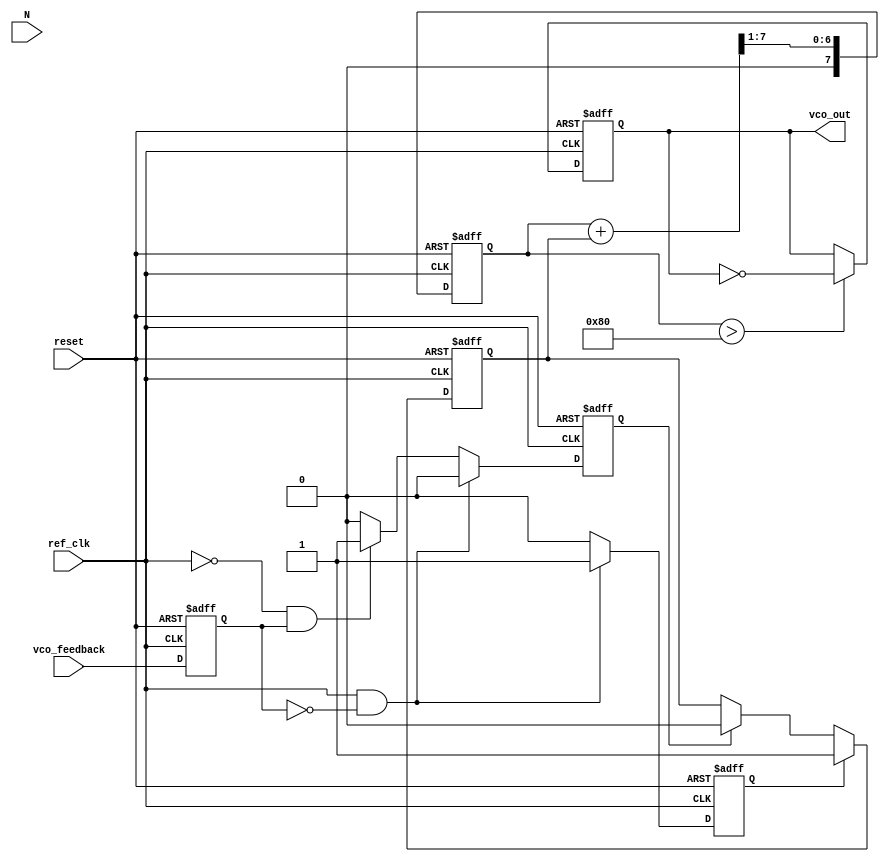
module integer_n_pll (
    input wire ref_clk,          // Reference clock input
    input wire vco_feedback,     // Feedback from VCO
    input wire reset,            // Asynchronous reset
    input wire [3:0] N,          // Division ratio
    output reg vco_out           // VCO output
);

// Phase Frequency Detector (PFD) signals
reg up, down;
reg vco_feedback_delayed;

// Charge Pump signals
reg charge_pump_output;
reg [7:0] control_voltage; // Simulated control voltage

// Loop Filter (simple low-pass filter)
reg [7:0] loop_filter_output;

// VCO (Voltage Controlled Oscillator)
reg [3:0] vco_counter;

// Divider
reg [3:0] divider_counter;

// PFD Logic
always @(posedge ref_clk or posedge reset) begin
    if (reset) begin
        up <= 0;
        down <= 0;
        vco_feedback_delayed <= 0;
    end else begin
        // Delay feedback signal for comparison
        vco_feedback_delayed <= vco_feedback;

        // PFD operation
        if (ref_clk && !vco_feedback_delayed) begin
            up <= 1;
            down <= 0;
        end else if (!ref_clk && vco_feedback_delayed) begin
            up <= 0;
            down <= 1;
        end else begin
            up <= 0;
            down <= 0;
        end
    end
end

// Charge Pump Logic
always @(posedge ref_clk or posedge reset) begin
    if (reset) begin
        charge_pump_output <= 0;
    end else begin
        if (up) begin
            charge_pump_output <= 1; // Charge
        end else if (down) begin
            charge_pump_output <= 0; // Discharge
        end
    end
end

// Loop Filter Logic (simple RC filter)
always @(posedge ref_clk or posedge reset) begin
    if (reset) begin
        loop_filter_output <= 0;
    end else begin
        // Simple averaging for loop filter
        loop_filter_output <= (loop_filter_output + charge_pump_output) >> 1; // Low-pass filter
    end
end

// VCO Logic
always @(posedge ref_clk or posedge reset) begin
    if (reset) begin
        vco_counter <= 0;
        vco_out <= 0;
    end else begin
        // VCO output generation based on control voltage
        if (loop_filter_output > 128) begin // Threshold for frequency adjustment
            vco_counter <= vco_counter + 1;
            vco_out <= ~vco_out; // Toggle output
        end
    end
end

// Divider Logic
always @(posedge vco_out or posedge reset) begin
    if (reset) begin
        divider_counter <= 0;
    end else begin
        divider_counter <= divider_counter + 1;
        if (divider_counter >= N) begin
            divider_counter <= 0;
            // Feedback to PFD can be implemented here
        end
    end
end

endmodule